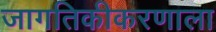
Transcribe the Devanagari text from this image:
जागतिकीकरणाला